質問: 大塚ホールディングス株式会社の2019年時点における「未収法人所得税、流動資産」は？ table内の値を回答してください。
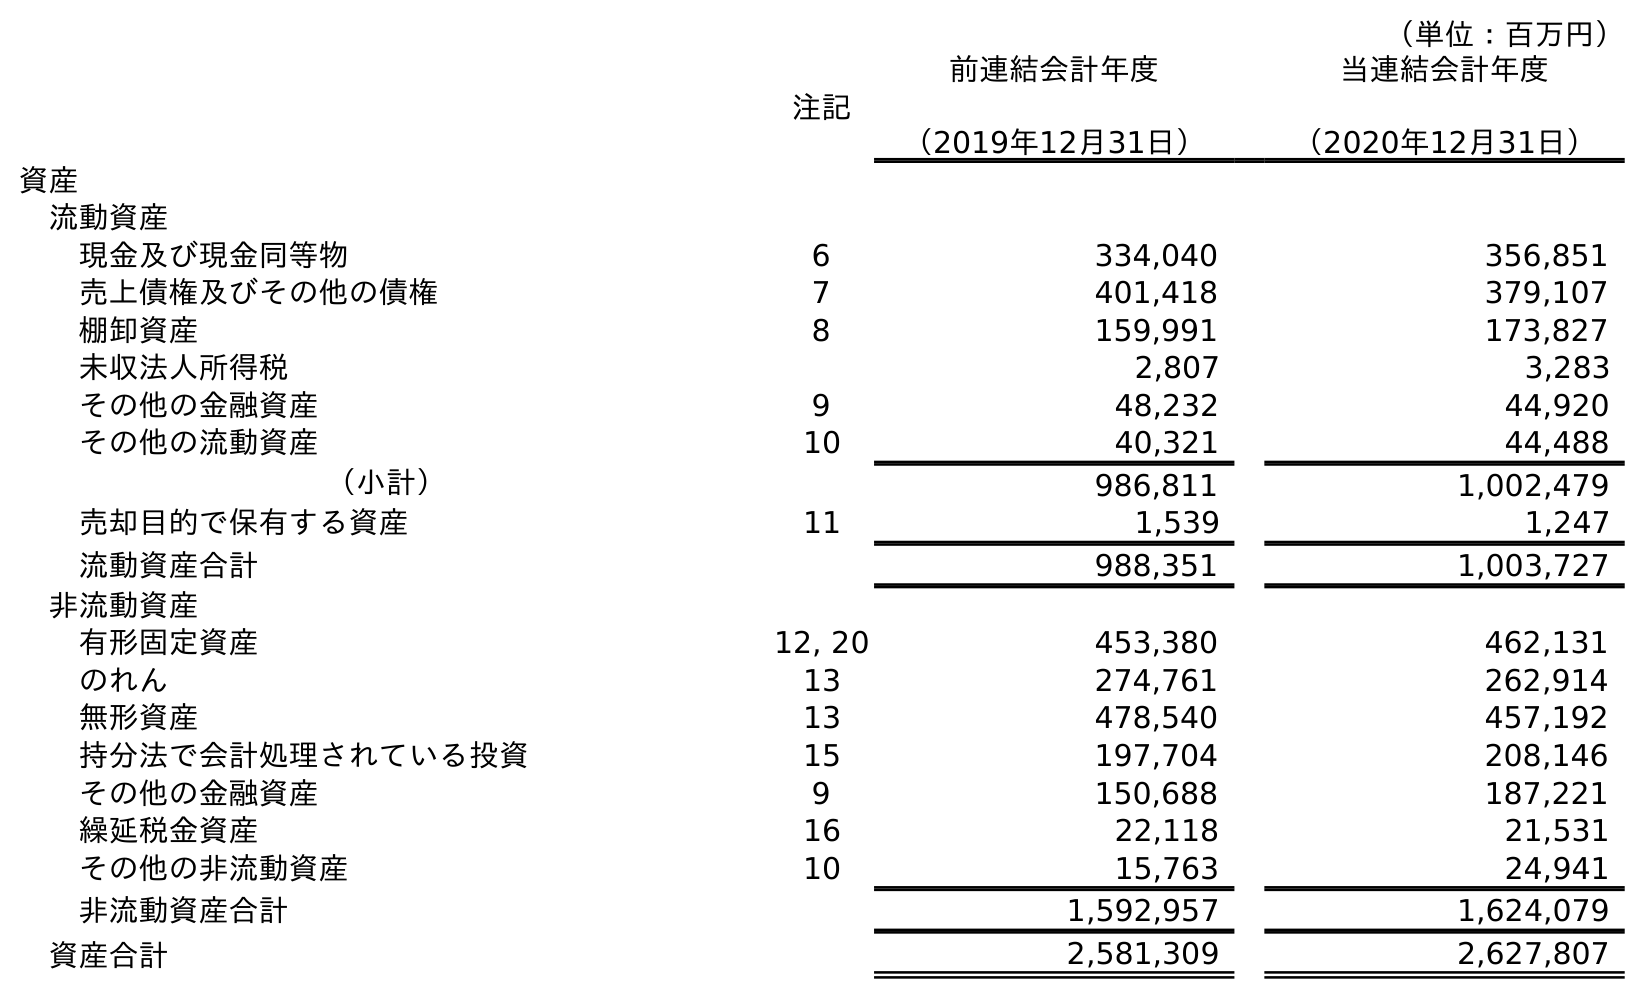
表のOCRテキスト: （単位：百万円） 注記 前連結会計年度 （2019年12月31日） 当連結会計年度 （2020年12月31日） 資産 流動資産 現金及び現金同等物 6 334,040 356,851 売上債権及びその他の債権 7 401,418 379,107 棚卸資産 8 159,991 173,827 未収法人所得税 2,807 3,283 その他の金融資産 9 48,232 44,920 その他の流動資産 10 40,321 44,488 （小計） 986,811 1,002,479 売却目的で保有する資産 11 1,539 1,247 流動資産合計 988,351 1,003,727 非流動資産 有形固定資産 12, 20 453,380 462,131 のれん 13 274,761 262,914 無形資産 13 478,540 457,192 持分法で会計処理されている投資 15 197,704 208,146 その他の金融資産 9 150,688 187,221 繰延税金資産 16 22,118 21,531 その他の非流動資産 10 15,763 24,941 非流動資産合計 1,592,957 1,624,079 資産合計 2,581,309 2,627,807
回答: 2,807